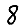
Digit: 8